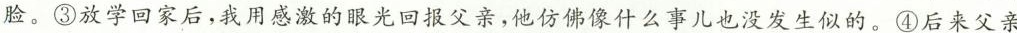
脸。③放学回家后，我用感激的眼光回报父亲，他仿佛像什么事儿也没发生似的。④后来父亲